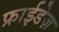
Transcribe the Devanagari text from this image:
फ्राईडेज़